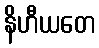
နိဟီယတေ